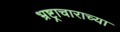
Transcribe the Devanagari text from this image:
भ्रष्ट्राचाराच्या